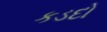
કડદો